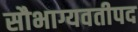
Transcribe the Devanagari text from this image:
सौभाग्यवतीपद